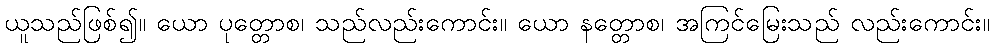
ယူသည်ဖြစ်၍။ ယော ပုတ္တောစ၊ သည်လည်းကောင်း။ ယော နတ္တောစ၊ အကြင်မြေးသည် လည်းကောင်း။